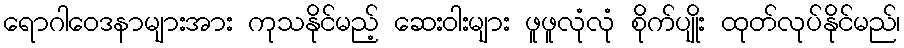
ရောဂါဝေဒနာများအား ကုသနိုင်မည့် ဆေးဝါးများ ဖူဖူလုံလုံ စိုက်ပျိုး ထုတ်လုပ်နိုင်မည်၊